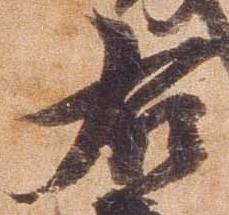
右